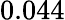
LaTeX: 0.044